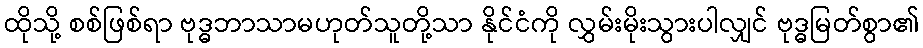
ထိုသို့ စစ်ဖြစ်ရာ ဗုဒ္ဓဘာသာမဟုတ်သူတို့သာ နိုင်ငံကို လွှမ်းမိုးသွားပါလျှင် ဗုဒ္ဓမြတ်စွာ၏